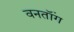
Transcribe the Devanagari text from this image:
वनतॉंग